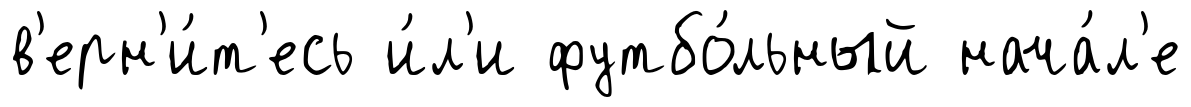
в'ерн'и́т'есь и́л'и футбо́льный нача́л'е